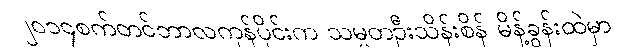
၂၀၁၄စက်တင်ဘာလကုန်ပိုင်းက သမ္မတဦးသိန်းစိန် မိန့်ခွန်းထဲမှာ